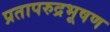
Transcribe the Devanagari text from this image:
प्रतापरुद्रभूषण